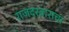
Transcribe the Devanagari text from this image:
राजदरबाराचा